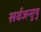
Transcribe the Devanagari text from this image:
सर्वजन्तुषु